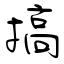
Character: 搞